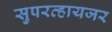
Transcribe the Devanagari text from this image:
सुपरव्हायजर